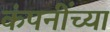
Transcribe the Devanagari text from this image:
कंपनींच्या